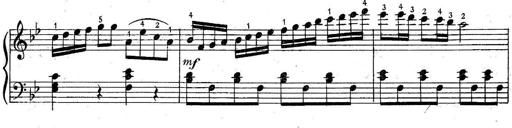
Title: 6 Easy Sonatinas
Composer: Carl Czerny